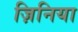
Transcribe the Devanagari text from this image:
ज़िनिया